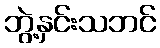
ဘွဲ့နှင်းသဘင်